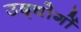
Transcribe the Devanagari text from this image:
उद्द्योगों